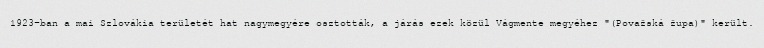
1923-ban a mai Szlovákia területét hat nagymegyére osztották, a járás ezek közül Vágmente megyéhez "(Považská župa)" került.